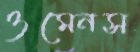
ওমেনস